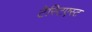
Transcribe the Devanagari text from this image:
टेस्टिएस्ट